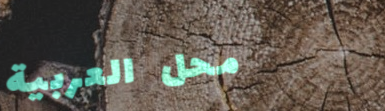
محل العربية